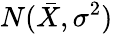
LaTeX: N({\bar{X}},\sigma^{2})